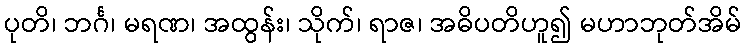
ပုတိ၊ ဘင်္ဂ၊ မရဏ၊ အထွန်း၊ သိုက်၊ ရာဇ၊ အဓိပတိဟူ၍ မဟာဘုတ်အိမ်